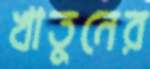
খাতুনের